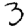
Digit: 3